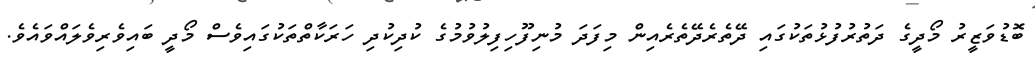
ބޮޑުވަޒީރު މޯދީގެ ދަތުރުފުޅުތަކުގައި ދޭތެރެދޭތެރެއިން މިފަދަ މުނިފޫހިފިލުވުމުގެ ކުދިކުދި ހަރަކާތްތަކުގައިވެސް މޯދީ ބައިވެރިވެލައްވައެވެ.